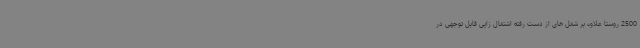
2500 روستا علاوه بر شغل های از دست رفته اشتغال زایی قابل توجهی در